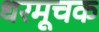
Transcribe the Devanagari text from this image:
धरमूचक